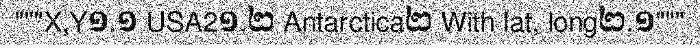
"""X,Y១.១ USA2១.២ Antarctica២ With lat, long២.១"""